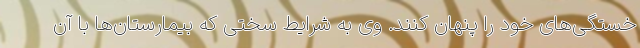
خستگی‌های خود را پنهان کنند. وی به شرایط سختی که بیمارستان‌ها با آن